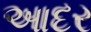
આદર